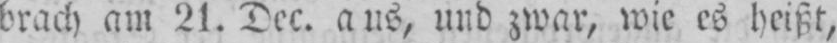
brach am 21. Dec. aus, und zwar, wie es heißt,